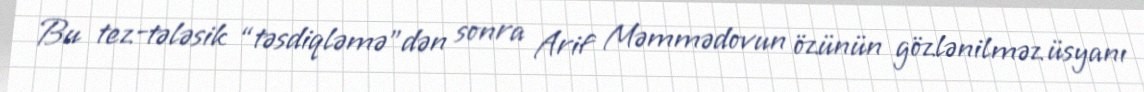
Bu tez-tələsik “təsdiqləmə”dən sonra Arif Məmmədovun özünün gözlənilməz üsyanı